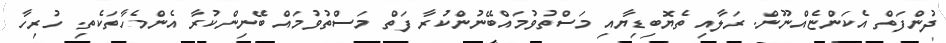
ދުންފަތް އެކަންޏެއްނޫން. ރަލާއި ތެޔޮބިޑިޔާއި މަސްތުވުމައްބޭނުންކުރާ ފަތް މަސްތުވުމައް ބޭނިންކުރާ އެންމެހާތަކެތި. ހުރިހާ